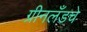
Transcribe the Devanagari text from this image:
ग्रीनलँडचे